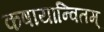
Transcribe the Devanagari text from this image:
कषायान्वितम्